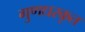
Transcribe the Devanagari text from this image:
गुणधरकृत